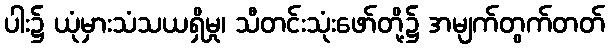
ပါး၌ ယုံမှားသံသယရှိမှု၊ သီတင်းသုံးဖော်တို့၌ အမျက်တွက်တတ်